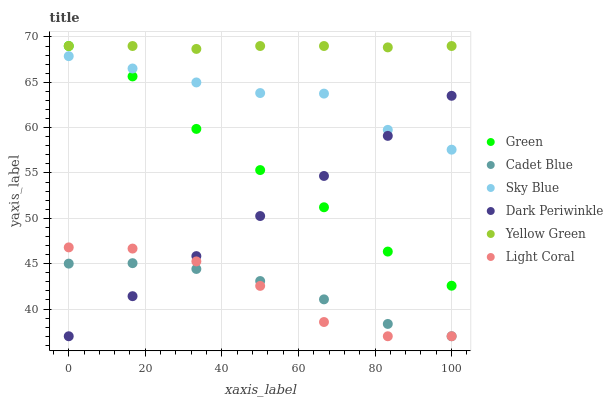
| xaxis_label | Green | Cadet Blue | Sky Blue | Dark Periwinkle | Yellow Green | Light Coral |
 | --- | --- | --- | --- | --- | --- | --- |
 | 0 | 69 | 45 | 67.9 | 37 | 69 | 46.8 |
 | 16.7 | 65.6 | 45.1 | 66.5 | 41.4 | 69 | 46.7 |
 | 33.3 | 59.9 | 44.4 | 65 | 45.8 | 68.7 | 45.3 |
 | 50 | 55.3 | 43.1 | 63.8 | 50.3 | 69 | 42.6 |
 | 66.7 | 51.2 | 41.1 | 63.8 | 54.7 | 69 | 38.6 |
 | 83.3 | 46.3 | 38.4 | 59.8 | 59.1 | 68.9 | 37 |
 | 100 | 42.6 | 37 | 57.6 | 63.5 | 69 | 37 |